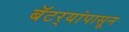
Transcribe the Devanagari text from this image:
बॅटर्‍यांपासून